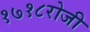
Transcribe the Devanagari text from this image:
१७१८रोजी